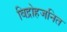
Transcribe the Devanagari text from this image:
विद्रोहजनित